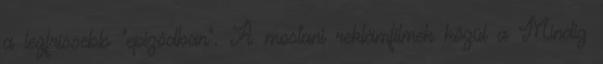
a legfrissebb "epizódban". A mostani reklámfilmek közül a Mindig